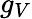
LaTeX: g_{V}